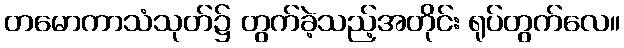
တမောကာသံသုတ်၌ တွက်ခဲ့သည့်အတိုင်း ရုပ်တွက်လေ။